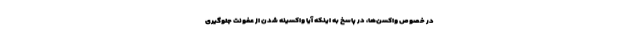
در خصوص واکسن‌ها، در پاسخ به اینکه آیا واکسینه شدن از عفونت جلوگیری